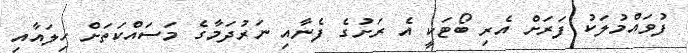
ފުވައްމުލަކު ފަރަށް އެރި ބޯޓަކީ އެ ރަށުގެ ފެނާއި ނަރުދަމާގެ މަސައްކަތަށް ހިލައާއި